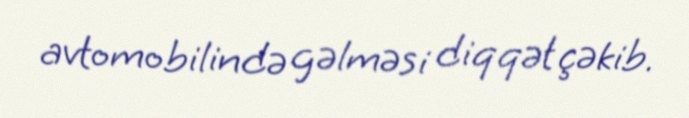
avtomobilində gəlməsi diqqət çəkib.